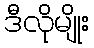
ဒီလိုမျိုး